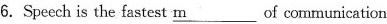
6.Speech is the fastest \underline {m} of communication